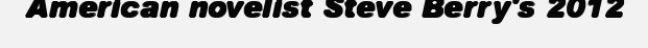
American novelist Steve Berry's 2012